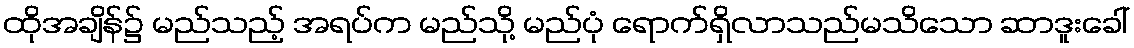
ထိုအချိန်၌ မည်သည့် အရပ်က မည်သို့ မည်ပုံ ရောက်ရှိလာသည်မသိသော ဆာဒူးခေါ်